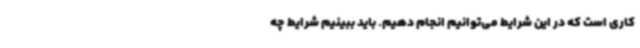
کاری است که در این شرایط می‌توانیم انجام دهیم. باید ببینیم شرایط چه